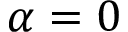
\alpha = 0